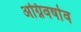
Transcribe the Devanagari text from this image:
अग्निवर्षाव